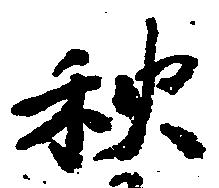
秋